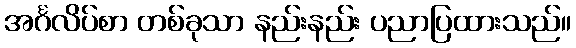
အင်္ဂလိပ်စာ တစ်ခုသာ နည်းနည်း ပညာပြထားသည်။